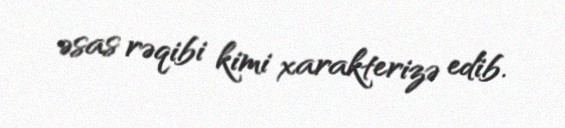
əsas rəqibi kimi xarakterizə edib.